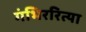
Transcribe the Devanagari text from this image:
गंभिररित्या